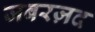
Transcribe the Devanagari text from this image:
जबरज़द